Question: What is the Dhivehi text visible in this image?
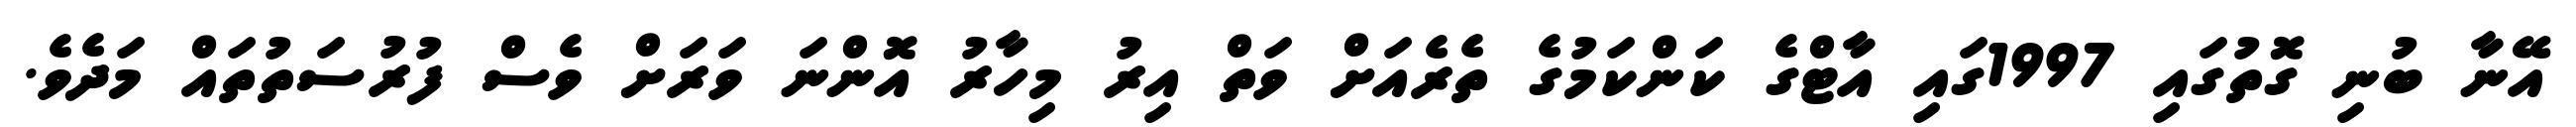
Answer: އޭނާ ބުނި ގޮތުގައި 1997ގައި އާޓްގެ ކަންކަމުގެ ތެރެއަށް ވަތް އިރު މިހާރު އޮންނަ ވަރަށް ވެސް ފުރުސަތުތައް މަދެވެ.